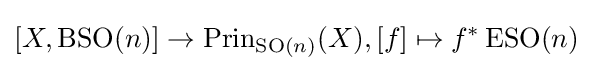
[X,\operatorname {BSO} (n)]\rightarrow \operatorname {Prin} _{\operatorname {SO} (n)}(X),[f]\mapsto f^{*}\operatorname {ESO} (n)